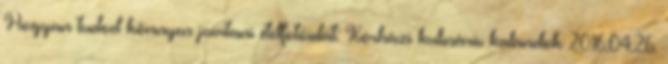
Hogyan tudod könnyen javítani ételfotóidat: Kórházi kulináris kalandok 2016.04.26.